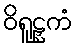
ဝိရူဠှကံ